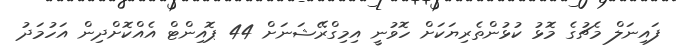
ފައިނަލް މެޗުގެ މޮޅު ކުޅުންތެރިޔަކަށް ހޮވުނީ އިމިގްރޭޝަނަށް 44 ޕޮއިންޓް އެއްކޮށްދިން އަހުމަދު